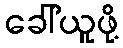
ခေါ်ယူဖို့